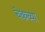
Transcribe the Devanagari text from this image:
चेकच्या